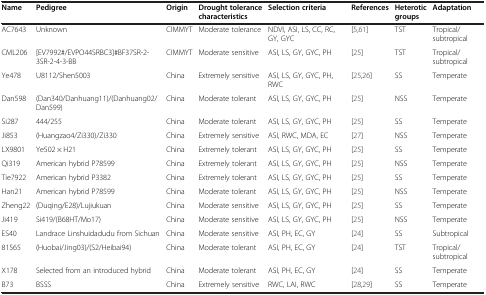
| Name | Pedigree | Origin | Drought tolerance characteristics | Selection criteria | References | Heterotic groups | Adaptation |
 | --- | --- | --- | --- | --- | --- | --- | --- |
 | AC7643 | Unknown | CIMMYT | Moderate tolerance | NDVI, ASI, LS, CC, RC, GY, GYC | [5,61] | TST | Tropical/subtropical |
 | CML206 | [EV7992#/EVPO44SRBC3]#BF37SR-2-3SR-2-4-3-BB | CIMMYT | Moderate sensitive | ASI, LS, GY, GYC, PH | [25] | TST | Tropical/subtropical |
 | Ye478 | U8112/Shen5003 | China | Extremely sensitive | ASI, LS, GY, GYC, PH, RWC | [25,26] | SS | Temperate |
 | Dan598 | (Dan340/Danhuang11)/(Danhuang02/Dan599) | China | Moderate tolerant | ASI, LS, GY, GYC, PH | [25] | NSS | Temperate |
 | Si287 | 444/255 | China | Moderate tolerant | ASI, LS, GY, GYC, PH | [25] | SS | Temperate |
 | Ji853 | (Huangzao4/Zi330)/Zi330 | China | Extremely sensitive | ASI, RWC, MDA, EC | [27] | NSS | Temperate |
 | LX9801 | Ye502 × H21 | China | Extremely tolerant | ASI, LS, GY, GYC, PH | [25] | SS | Temperate |
 | Qi319 | American hybrid P78599 | China | Extremely tolerant | ASI, LS, GY, GYC, PH | [25] | NSS | Temperate |
 | Tie7922 | American hybrid P3382 | China | Extremely tolerant | ASI, LS, GY, GYC, PH | [25] | SS | Temperate |
 | Han21 | American hybrid P78599 | China | Moderate tolerant | ASI, LS, GY, GYC, PH | [25] | NSS | Temperate |
 | Zheng22 | (Duqing/E28)/Lujiukuan | China | Moderate sensitive | ASI, LS, GY, GYC, PH | [25] | SS | Temperate |
 | Ji419 | Si419/(B68HT/Mo17) | China | Moderate sensitive | ASI, LS, GY, GYC, PH | [25] | NSS | Temperate |
 | ES40 | Landrace Linshuidadudu from Sichuan | China | Moderate sensitive | ASI, PH, EC, GY | [24] | SS | Subtropical |
 | 81565 | (Huobai/Jing03)/(S2/Heibai94) | China | Moderate tolerant | ASI, PH, EC, GY | [24] | TST | Tropical/subtropical |
 | X178 | Selected from an introduced hybrid | China | Moderate tolerant | ASI, PH, EC, GY | [24] | SS | Temperate |
 | B73 | BSSS | China | Extremely sensitive | RWC, LAI, RWC | [28,29] | SS | Temperate |